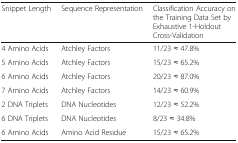
<table><thead><tr><td><b>Snippet Length</b></td><td><b>Sequence Representation</b></td><td><b>Classification Accuracy on the Training Data Set by Exhaustive 1-Holdout Cross-Validation</b></td></tr></thead><tbody><tr><td>4 Amino Acids</td><td>Atchley Factors</td><td>11/23 ≈ 47.8%</td></tr><tr><td>5 Amino Acids</td><td>Atchley Factors</td><td>15/23 ≈ 65.2%</td></tr><tr><td>6 Amino Acids</td><td>Atchley Factors</td><td>20/23 ≈ 87.0%</td></tr><tr><td>7 Amino Acids</td><td>Atchley Factors</td><td>14/23 ≈ 60.9%</td></tr><tr><td>2 DNA Triplets</td><td>DNA Nucleotides</td><td>12/23 ≈ 52.2%</td></tr><tr><td>6 DNA Triplets</td><td>DNA Nucleotides</td><td>8/23 ≈ 34.8%</td></tr><tr><td>6 Amino Acids</td><td>Amino Acid Residue</td><td>15/23 ≈ 65.2%</td></tr></tbody></table>